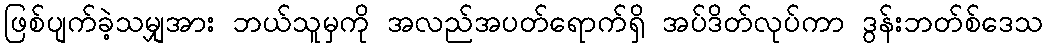
ဖြစ်ပျက်ခဲ့သမျှအား ဘယ်သူမှကို အလည်အပတ်ရောက်ရှိ အပ်ဒိတ်လုပ်ကာ ဒွန်းဘတ်စ်ဒေသ